Madras plague regulations in force outside the Presidency town - Volume 7
Disease focus: Plague
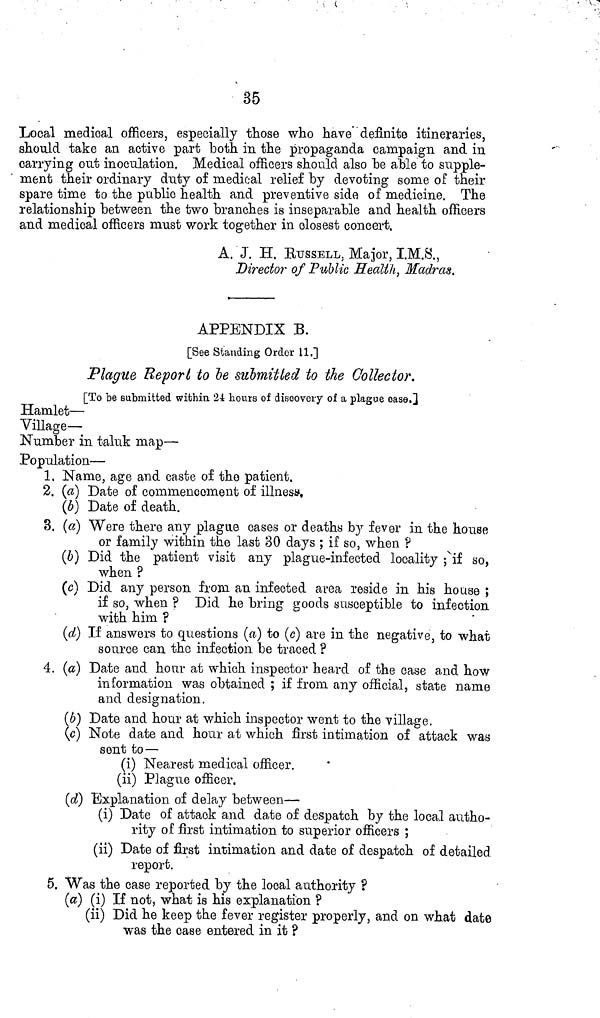
35
Local medical officers, especially those who have definite itineraries,
should take an active part both in the propaganda campaign and in
carrying out inoculation. Medical officers should also he able to supple-
ment their ordinary duty of medical relief by devoting some of their
spare time to the public health and preventive side of medicine. The
relationship between the two branches is inseparable and health officers
and medical officers must work together in closest concert.
A. J. H. ETJSSELL. Major, I.M.8.,
Director of Public Health, Madras.
APPENDIX B.
[See Standing Order 11.]
Plague Report to be submitted to the Collector.
[To be submitted within 2-t hours of discovery of a plague case.}
Hamlet—
Village—
Number in taluk map—
Population—
1. Name, age and caste of the patient.
2. (a] Date of commencement of illness,
(¿>) Date of death.
3. (a) Were there any plague cases or deaths by fever in the house
or family within the last 30 days ; if so, when ?
(6) Did the patient visit any plague-infected locality ; x if so,
when ?
(c) Did any person from an infected area reside in his house ;
if so, when ? Did he bring goods susceptible to infection
with him ?
(d) If answers to questions (a) to (c) are in the negative, to what
source can the infection be traced ?
4. (a) Date and hour at which inspector heard of the case and how
information was obtained ; if from any official, state name
and designation.
(6) Date and hour at which inspector went to the village.
(c) Note date and hour at which first intimation of attack was
sent to—
(i) Nearest medical officer,
(li) Plague officer.
(d) "Explanation of delay between—
(i) Date of attack and date of despatch by the local autho-
rity of first intimation to superior officers ;
(ii) Date of first intimation and date of despatch of detailed
report.
5. Was the case reported by the local authority ?
(a) (i) If not, what is his explanation ?
(ii) Did he keep the fever register properly, and on what date
was the case entered in it ?